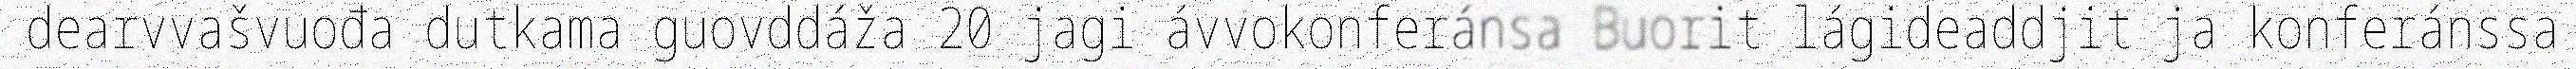
dearvvašvuođa dutkama guovddáža 20 jagi ávvokonferánsa Buorit lágideaddjit ja konferánssa